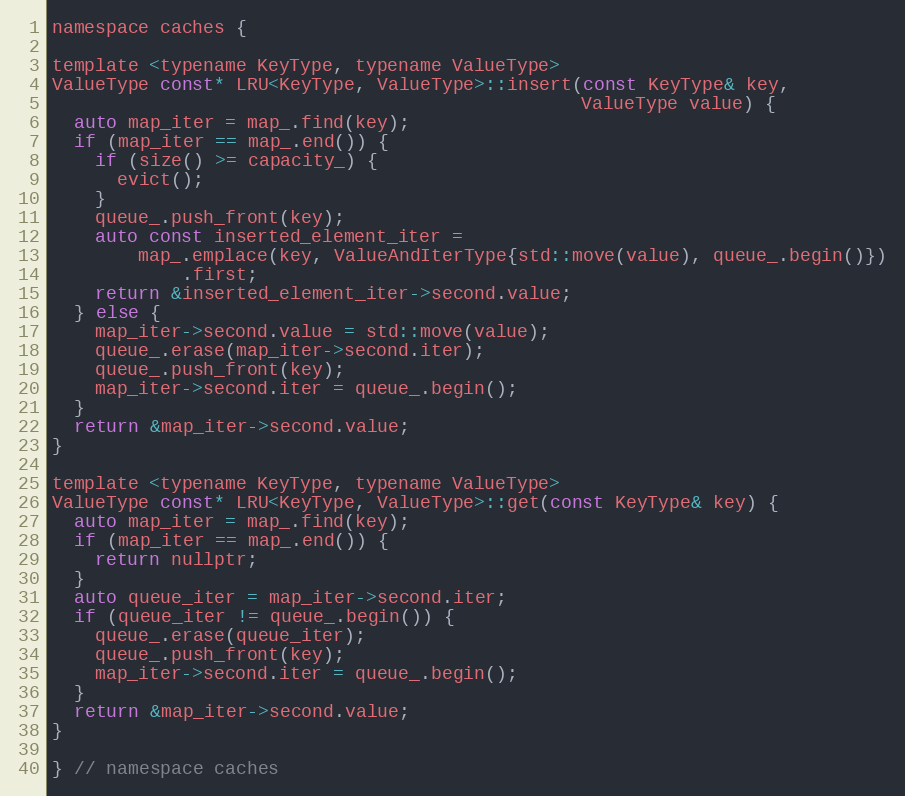
Language: C
namespace caches {

template <typename KeyType, typename ValueType>
ValueType const* LRU<KeyType, ValueType>::insert(const KeyType& key,
                                                 ValueType value) {
  auto map_iter = map_.find(key);
  if (map_iter == map_.end()) {
    if (size() >= capacity_) {
      evict();
    }
    queue_.push_front(key);
    auto const inserted_element_iter =
        map_.emplace(key, ValueAndIterType{std::move(value), queue_.begin()})
            .first;
    return &inserted_element_iter->second.value;
  } else {
    map_iter->second.value = std::move(value);
    queue_.erase(map_iter->second.iter);
    queue_.push_front(key);
    map_iter->second.iter = queue_.begin();
  }
  return &map_iter->second.value;
}

template <typename KeyType, typename ValueType>
ValueType const* LRU<KeyType, ValueType>::get(const KeyType& key) {
  auto map_iter = map_.find(key);
  if (map_iter == map_.end()) {
    return nullptr;
  }
  auto queue_iter = map_iter->second.iter;
  if (queue_iter != queue_.begin()) {
    queue_.erase(queue_iter);
    queue_.push_front(key);
    map_iter->second.iter = queue_.begin();
  }
  return &map_iter->second.value;
}

} // namespace caches